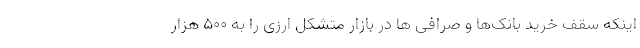
اینکه سقف خرید بانک‌ها و صرافی ها در بازار متشکل ارزی را به 500 هزار